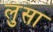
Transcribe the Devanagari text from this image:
लुसा